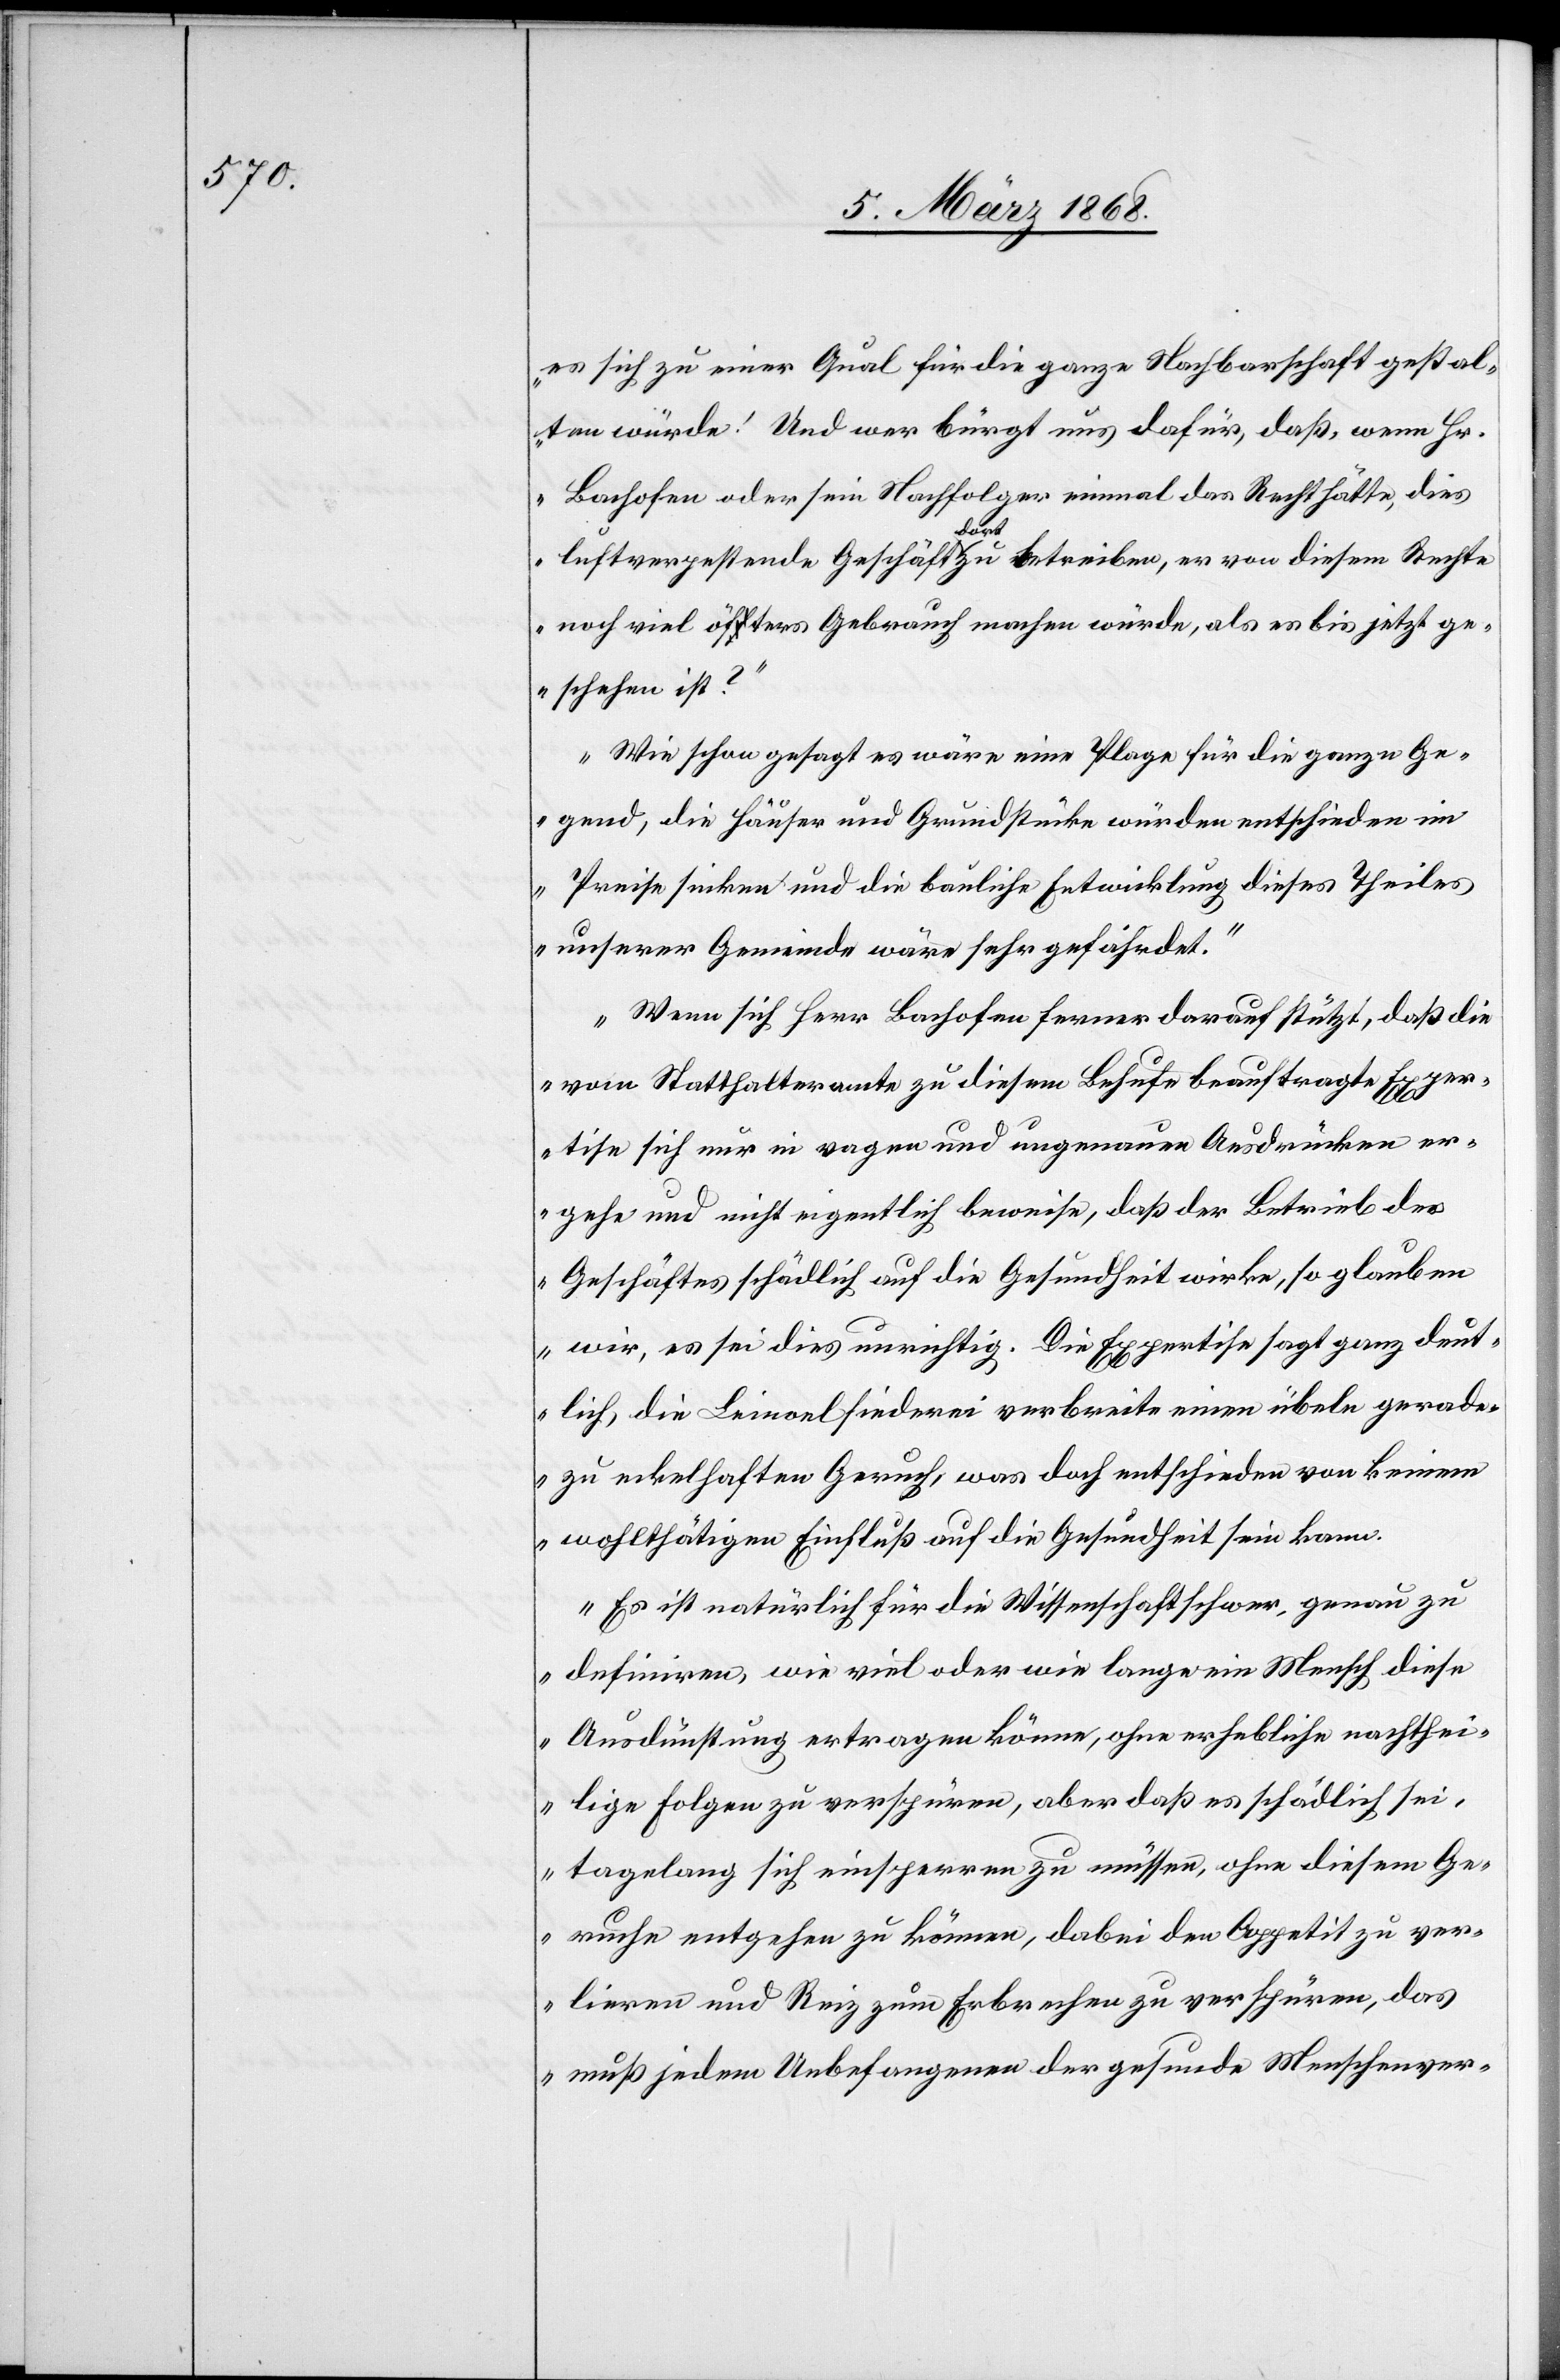
es sich zu einer Qual für die ganze Nachbarschaft gestal¬
ten würde. Und wer bürgt uns dafür, daß, wenn Hr.
Bachofen oder sein Nachfolger einmal das Recht hätte, dies
luftverpestende Geschäft dort zu betreiben, er von diesem Rechte
noch viel öfters Gebrauch machen würde, als es bis jetzt ge¬
schehen ist?“
„Wie schon gesagt es wäre eine Plage für die ganze Ge¬
gend, die Häuser und Grundstücke würden entschieden im
Preise sinken und die bauliche Entwicklung dieses Theiles
unserer Gemeinde wäre sehr gefährdet.“
„Wenn sich Herr Bachofen ferner darauf stützt, daß die
vom Statthalteramte zu diesem Behufe beauftragte Exper¬
tise sich nur in vagen und ungenauen Ausdrücken er¬
gehe und nicht eigentlich beweise, daß der Betrieb des
Geschäftes schädlich auf die Gesundheit wirke, so glauben
wir, es sei dies unrichtig. Die Expertise sagt ganz deut¬
lich, die Leinoelsiederei verbreite einen übeln gerade¬
zu eckelhaften Geruch, was doch entschieden von keinem
wohlthätigen Einfluß auf die Gesundheit sein kann.
Es ist natürlich für die Wissenschaft schwer, genau zu
definiren, wie viel oder wie lange ein Mensch diese
Ausdünstung ertragen könne, ohne erhebliche nachthei¬
lige Folgen zu verspüren, aber daß es schädlich sei,
tagelang sich einsperren zu müssen, ohne diesem Ge¬
ruche entgehen zu können, dabei den Appetit zu ver¬
lieren und Reiz zum Erbrechen zu verspüren, das
muß jedem Unbefangenen der gesunde Menschenver-